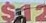
$12